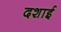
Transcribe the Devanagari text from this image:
दशाई